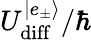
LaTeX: U_{\mathrm{{diff}}}^{|e_{\pm}\rangle}/\hbar